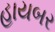
હાયબર